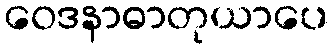
ဝေဒနာဓာတုယာပေ